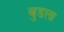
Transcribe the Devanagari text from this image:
बुडला